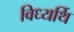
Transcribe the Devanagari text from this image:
विध्यर्थि